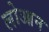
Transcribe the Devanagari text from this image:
लोआन